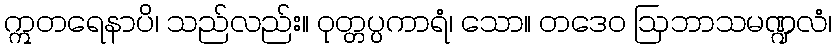
ဣတရေနာပိ၊ သည်လည်း။ ဝုတ္တပ္ပကာရံ၊ သော။ တဒေဝ ဩဘာသမဏ္ဍလံ၊